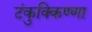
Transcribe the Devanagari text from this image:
टंकुक्किण्णा